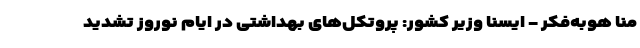
منا هوبه‌فکر - ایسنا وزیر کشور: پروتکل‌های بهداشتی در ایام نوروز تشدید